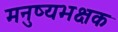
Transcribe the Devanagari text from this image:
मनुष्यभक्षक